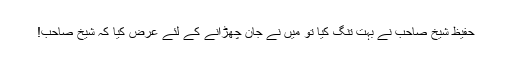
حفیظ شیخ صاحب نے بہت تنگ کیا تو میں نے جان چھڑانے کے لئے عرض کیا کہ شیخ صاحب!